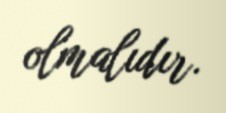
olmalıdır.